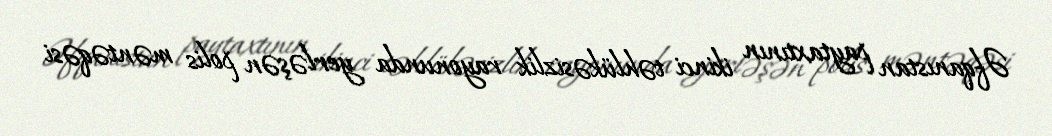
Əfqanıstan paytaxtının ikinci təhlükəsizlik rayonunda yerləşən polis məntəqəsi